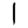
Digit: 1